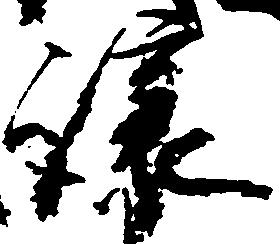
譲